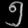
Digit: ၅